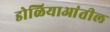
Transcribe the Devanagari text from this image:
डोळियाआंतील